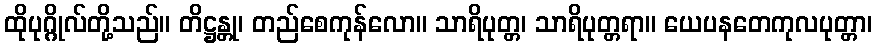
ထိုပုဂ္ဂိုလ်တို့သည်။ တိဋ္ဌန္တု၊ တည်စေကုန်လော။ သာရိပုတ္တ၊ သာရိပုတ္တရာ။ ယေပနတေကုလပုတ္တာ၊